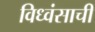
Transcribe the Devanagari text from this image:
विध्वंसाची